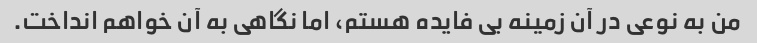
من به نوعی در آن زمینه بی فایده هستم، اما نگاهی به آن خواهم انداخت.